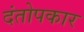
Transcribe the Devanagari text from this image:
दंतोपकार